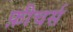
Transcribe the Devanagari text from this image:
फ़ीचर्स